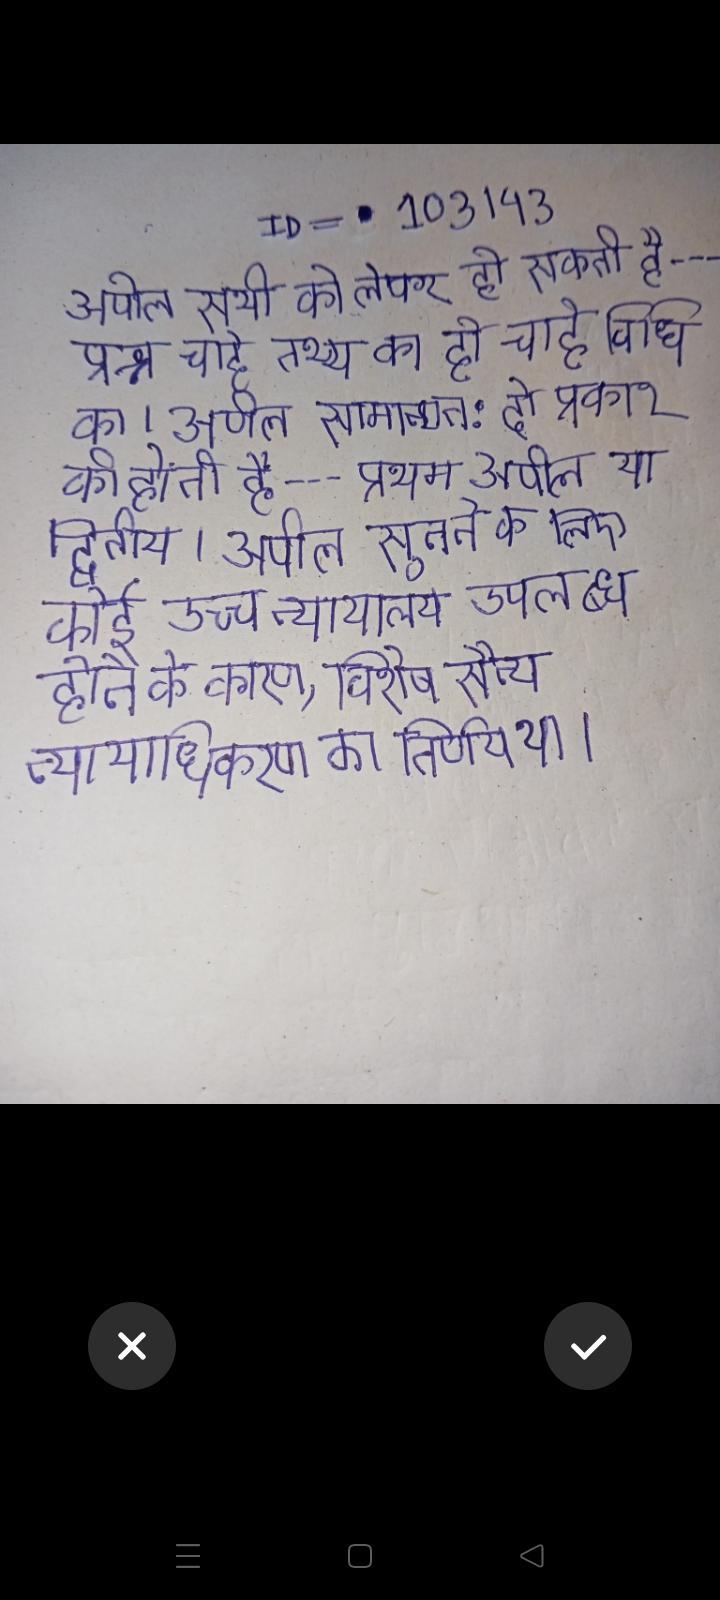
अपील सभी को लेकर हो सकती है---प्रश्न चाहे तथ्य का हो चाहे विधि का । अपील सामान्यत: दो प्रकार की होती है---प्रथम अपील या द्वितीय । अपील सुनने के लिए कोई उच्च न्यायालय उपलब्ध होने के कारण, विशेष सैन्य न्यायाधिकरण का निर्णय था ।